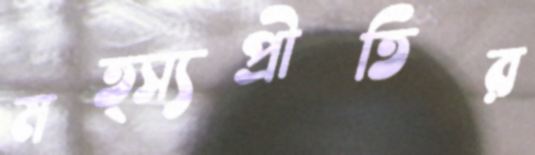
মত্স্যপ্রীতির